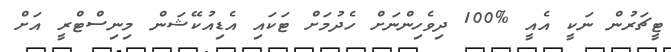
ޓީޗަރުން ނަކީ އެއީ %100 ދިވެހިންނަށް ހެދުމަށް ޓަކައި އެޑިއުކޭޝަން މިނިސްޓްރީ އަށް